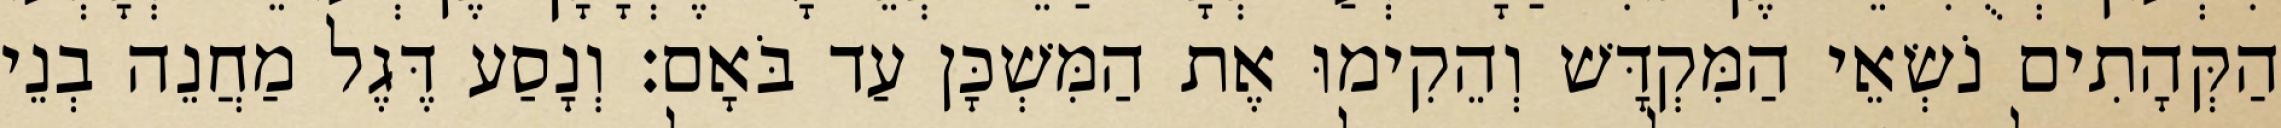
הַקְּהָתִים נֹשְׂאֵי הַמִּקְדָּשׁ וְהֵקִימוּ אֶת הַמִּשְׁכָּן עַד בֹּאָם׃ וְנָסַע דֶּגֶל מַחֲנֵה בְנֵי